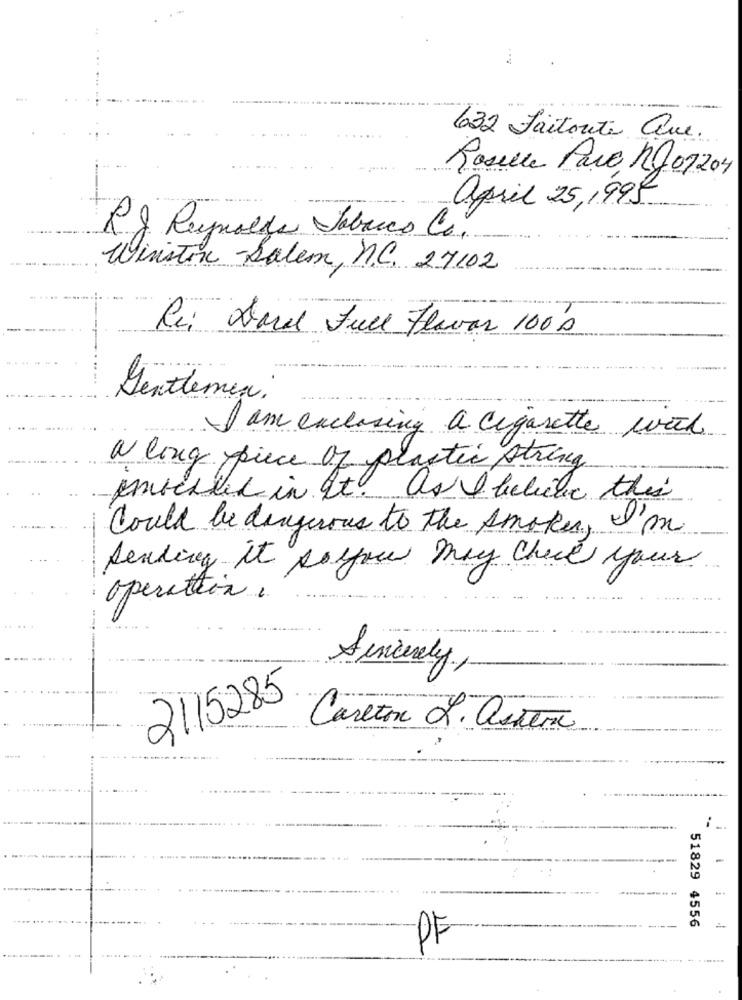
632 Faitoute Que.
Roselle Para no 07203
april 25,1999
RS Resposta Tobacco Co.
Winston -Salem, N.C. 27102
Re: Darel Full Flavor 100's
Gentlemen.
I am enclosing a cigarette week
a long piece of plastic string
untested in It. as I believe this
Could be dangerous to the smoke, I'm
Sending it source may check your
operation,
Sincerely,
2115285
Careton L. aster
51829 4556
PF